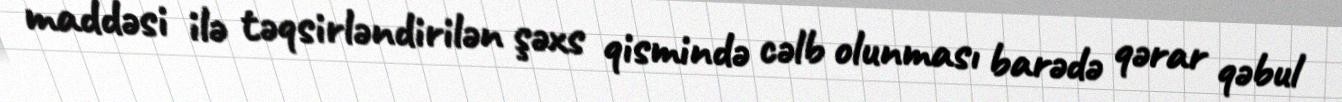
maddəsi ilə təqsirləndirilən şəxs qismində cəlb olunması barədə qərar qəbul